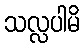
သလ္လပါမိ